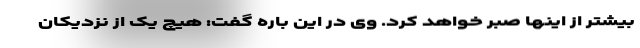
بیشتر از اینها صبر خواهد کرد. وی در این باره گفت: هیچ یک از نزدیکان